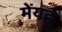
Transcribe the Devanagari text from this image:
मेंयह